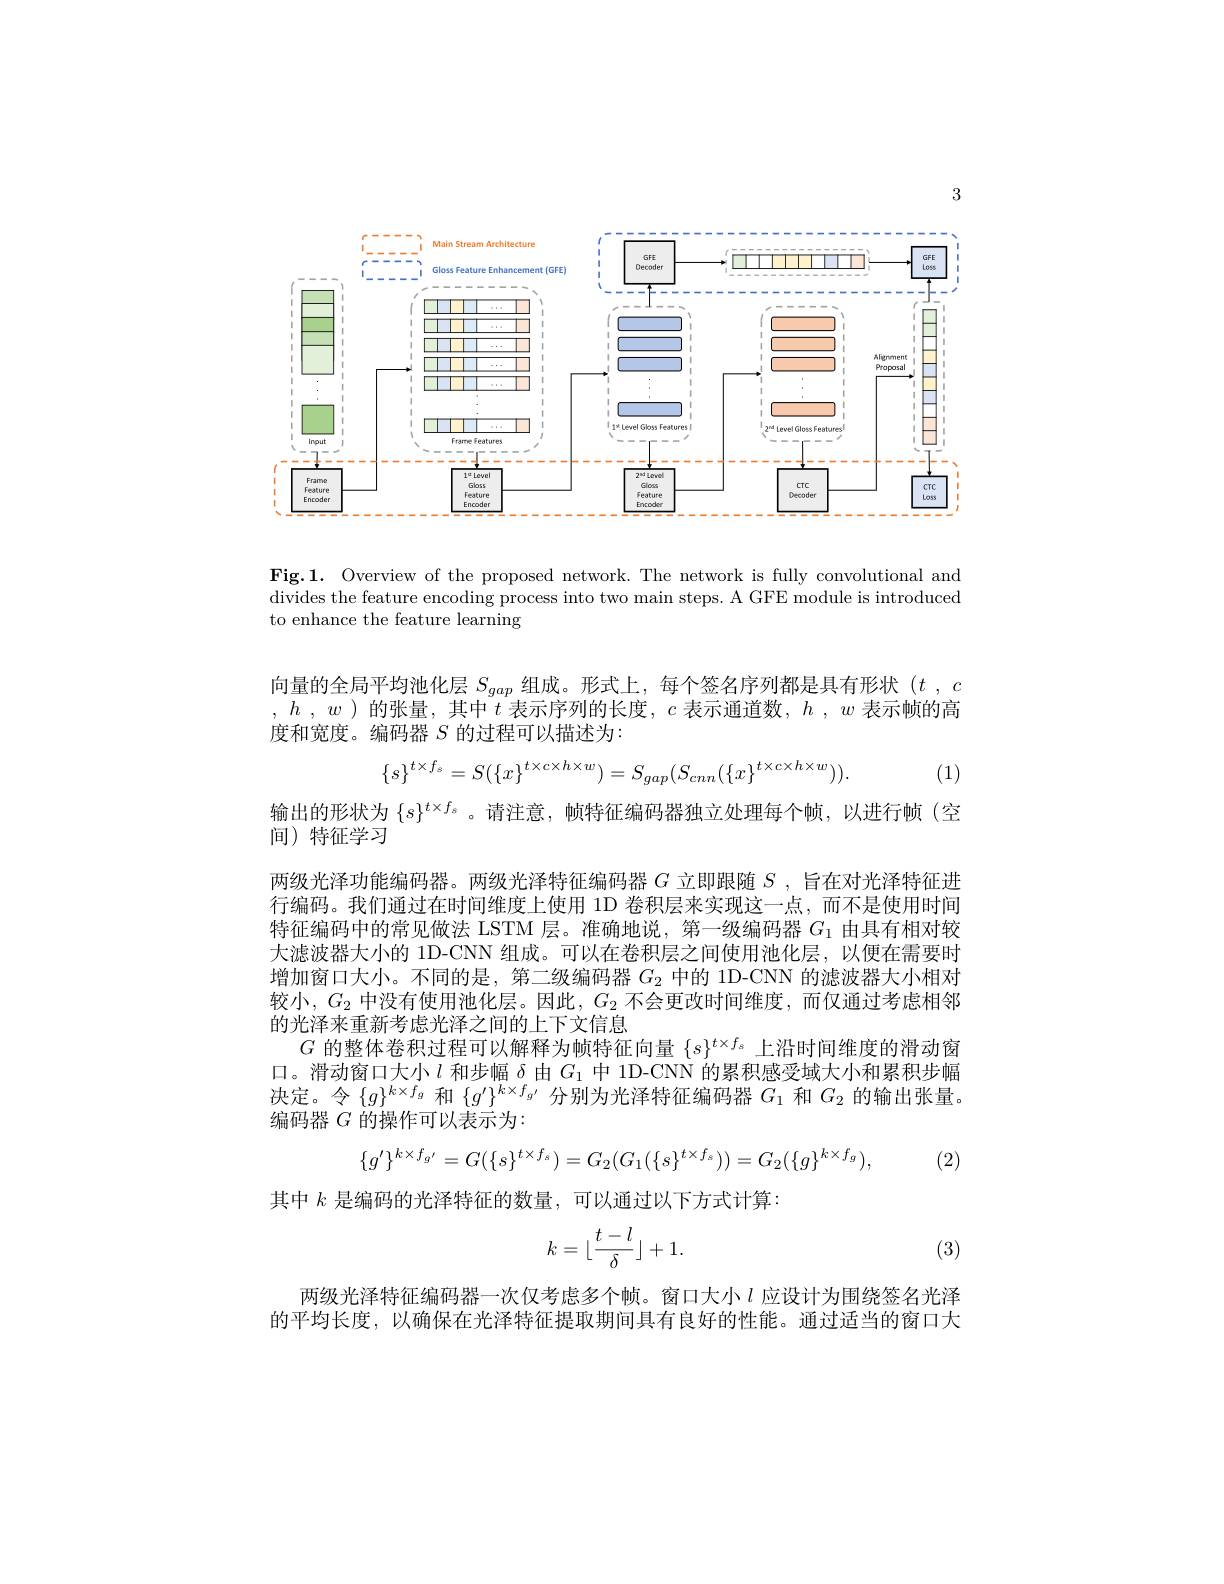
3

<FigureHere>

Fig.1. Overview of the proposed network. The network is fully convolutional and divides the feature encoding process into two main steps. A GFE module is introduced to enhance the feature learning

向量的全局平均池化层$S_{gap}$组成。形式上，每个签名序列都是具有形状$( t$ , $c$ $, h$ , $w$ ) 的张量，其中 $t$ 表示序列的长度$,c$ 表示通道数$, h$ $, w$ 表示帧的高度和宽度。编码器$S$的过程可以描述为：
$$\{s\}^{t\times f_s}=S(\{x\}^{t\times c\times h\times w})=S_{gap}(S_{cnn}(\{x\}^{t\times c\times h\times w})).$$
(1)

输出的形状为$\{s\}^{t\times f_s}$。请注意，帧特征编码器独立处理每个帧，以进行帧(空
间)特征学习
两级光泽功能编码器。两级光泽特征编码器$G$立即跟随$S$ ,旨在对光泽特征进行编码。我们通过在时间维度上使用 1D 卷积层来实现这一点，而不是使用时间特征编码中的常见做法 LSTM 层。准确地说，第一级编码器$G_{1}$由具有相对较大滤波器大小的 1D-CNN 组成。可以在卷积层之间使用池化层，以便在需要时增加窗口大小。不同的是，第二级编码器$G_{2}$中的 1D-CNN 的滤波器大小相对较小，$G_2$中没有使用池化层。因此，$G_2$不会更改时间维度，而仅通过考虑相邻的光泽来重新考虑光泽之间的上下文信息
$G$的整体卷积过程可以解释为帧特征向量$\{s\}^{t\times f_s}$上沿时间维度的滑动窗口。滑动窗口大小$l$和步幅$\delta$由$G_1$中 1D-CNN 的累积感受域大小和累积步幅决定。令$\{g\}^k\times f_g$和$\{g^\prime\}^{k\times f_{g^{\prime}}}$分别为光泽特征编码器$G_1$和$G_2$的输出张量。编码器$G$的操作可以表示为：
$$\{g'\}^{k\times f_{g'}}=G(\{s\}^{t\times f_s})=G_2(G_1(\{s\}^{t\times f_s}))=G_2(\{g\}^{k\times f_g}),$$
(2)

其中$k$是编码的光泽特征的数量，可以通过以下方式计算：
$$k=\lfloor\frac{t-l}{\delta}\rfloor+1.$$
(3)

两级光泽特征编码器一次仅考虑多个帧。窗口大小$l$应设计为围绕签名光泽的平均长度，以确保在光泽特征提取期间具有良好的性能。通过适当的窗口大